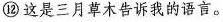
⑫ 这是三月草木告诉我的语言。